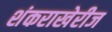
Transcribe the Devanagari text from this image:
शंकराखेरीज